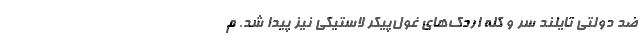
ضد دولتی تایلند سر و کله اردک‌های غول‌پیکر لاستیکی نیز پیدا شد. م